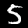
Digit: 5